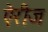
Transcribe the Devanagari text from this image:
ऐरीज